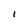
Character: I